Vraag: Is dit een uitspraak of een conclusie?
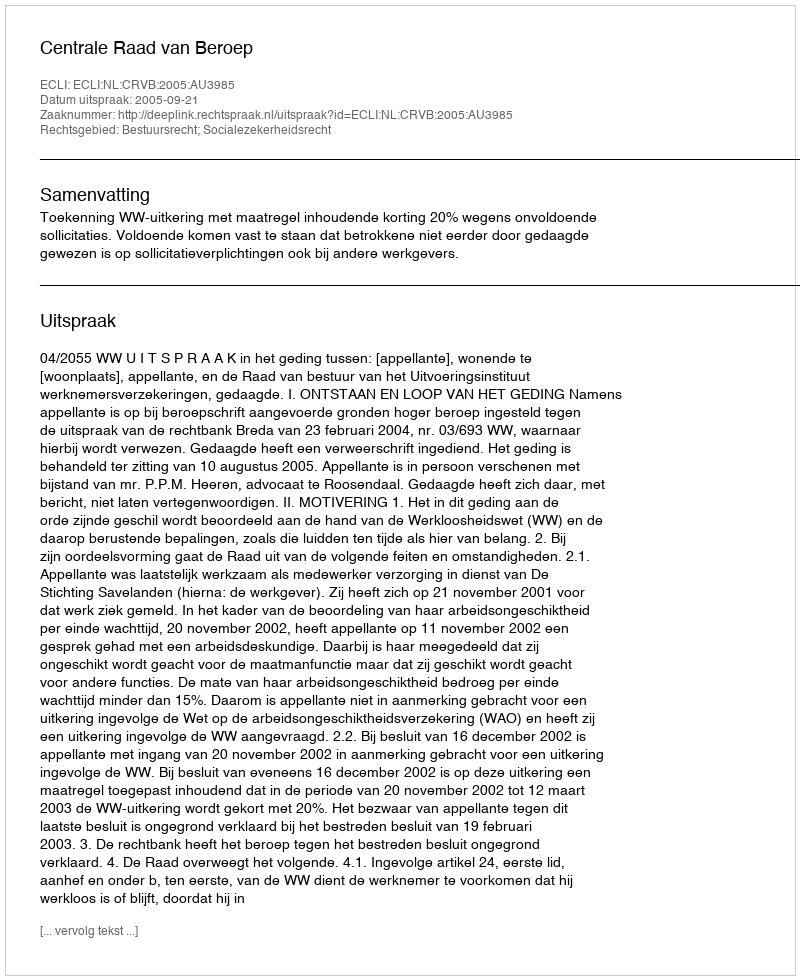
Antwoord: Uitspraak